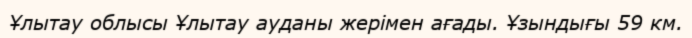
Ұлытау облысы Ұлытау ауданы жерімен ағады. Ұзындығы 59 км.